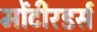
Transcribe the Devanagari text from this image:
मोंटीरडर्स